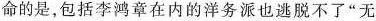
命的是，包括李鸿章在内的洋务派也逃脱不了”无